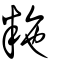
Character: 粚